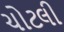
ચોટલી